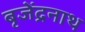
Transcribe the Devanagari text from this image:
बृजेंद्रनाथ